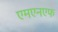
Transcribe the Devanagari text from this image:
एमएनएफ